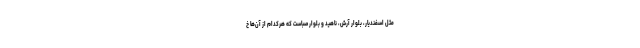
مثل اسفندیار، بلوار آرش، ناهید و بلوار صباست که هرکدام از آن‌ها خ